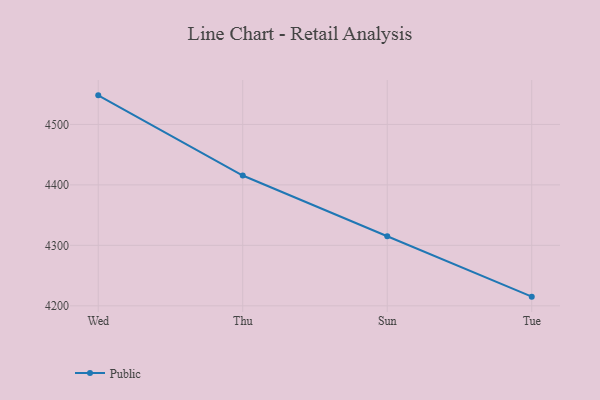
{"axis": {"x": "Day", "y": "Inventory Turnover"}, "legend": ["Public"], "data": [{"x": "Wed", "y": 4548.1, "type": "Public"}, {"x": "Thu", "y": 4415.5, "type": "Public"}, {"x": "Sun", "y": 4315.1, "type": "Public"}, {"x": "Tue", "y": 4215.2, "type": "Public"}]}